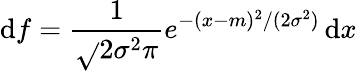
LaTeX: \mathrm{d}f={\frac{{1}}{{\sqrt{}{{2\sigma^{2}\pi}}}}}e^{-(x-m)^{2}/(2\sigma^{2})}\, \mathrm{d}x